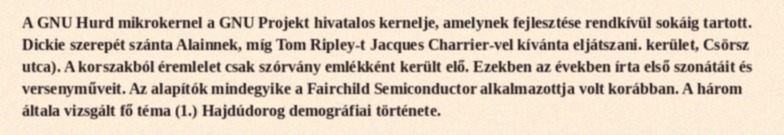
A GNU Hurd mikrokernel a GNU Projekt hivatalos kernelje, amelynek fejlesztése rendkívül sokáig tartott. Dickie szerepét szánta Alainnek, míg Tom Ripley-t Jacques Charrier-vel kívánta eljátszani. kerület, Csörsz utca). A korszakból éremlelet csak szórvány emlékként került elő. Ezekben az években írta első szonátáit és versenyműveit. Az alapítók mindegyike a Fairchild Semiconductor alkalmazottja volt korábban. A három általa vizsgált fő téma (1.) Hajdúdorog demográfiai története.